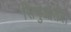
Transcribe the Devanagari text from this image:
सिगुआतेरा